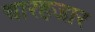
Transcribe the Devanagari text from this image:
चारहजार